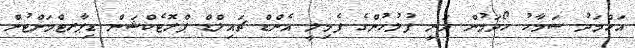
އަހްމަދު ސަމާހު ހޯދަމުން ދަނީ ފުލުހުންގެ ފެމިލީ އެންޑް ޗައިލްޑް ޕްރޮޓެކްޝަން ޑިޕާރޓްމަންޓުން